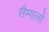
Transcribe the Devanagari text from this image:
सैम्पलों